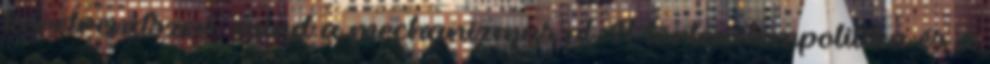
keretrendszer, mind a mechanizmus pl. A történelempolitika és a